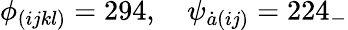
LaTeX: \phi_{(ijkl)}=294,\quad\psi_{\dot{a}(ij)}=224_{-}